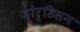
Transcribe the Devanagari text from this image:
जोर्डिसन